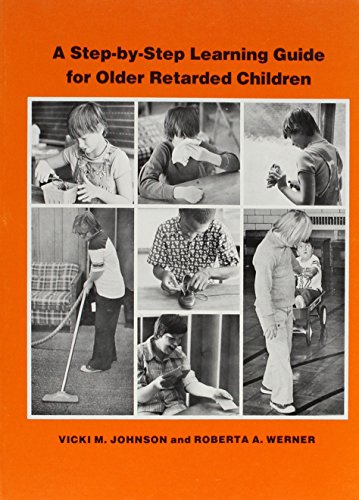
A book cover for A Step-By-Step Learning Guide for Older Retarded Children (Step-By-Step Learning Guide Series; 2); Vicki M. Johnson; Health, Fitness & Dieting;